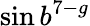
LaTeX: \sin b^{7-g}